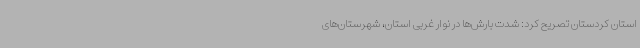
استان کردستان تصریح کرد: شدت بارش‌ها در نوار غربی استان، شهرستان‌های